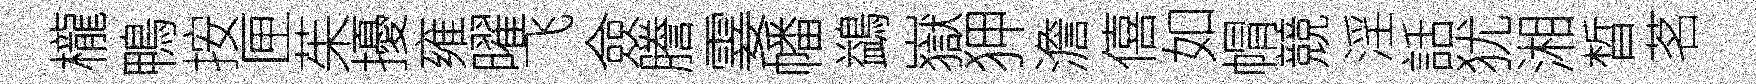
櫳鴨按匣茱擾雍曜飞僉謄霎幡鷁嶽狎澹僖如㡌競淫話犹湘晳茗